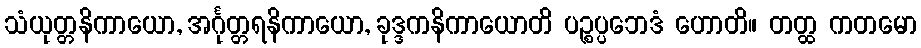
သံယုတ္တနိကာယော, အင်္ဂုတ္တရနိကာယော, ခုဒ္ဒကနိကာယောတိ ပဉ္စပ္ပဘေဒံ ဟောတိ။ တတ္ထ ကတမော